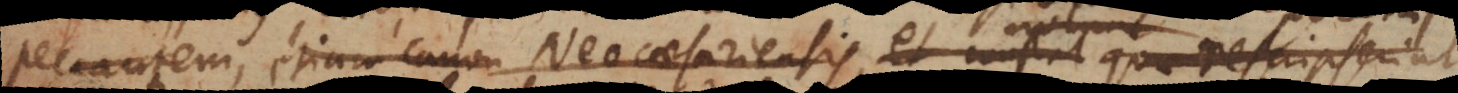
peccantem, (1) etiam canon Neocaesariensis, et constat quae rescripserint